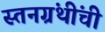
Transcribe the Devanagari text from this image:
स्तनग्रंथींची